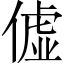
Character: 𫣞